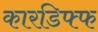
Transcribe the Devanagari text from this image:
कारडिफ्फ